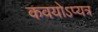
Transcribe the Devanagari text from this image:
कवयोऽप्यत्र